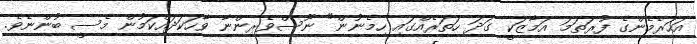
އަހަރެމެންގެ ފުރަތަމަ އަމާޒަކީ ގަދަ ހަތަރެއްގައި ހިމެނުން" ނޫސްވެރިންނާ ވާހަކަދައްކަމުން މެސީ ބުންނެވެ.